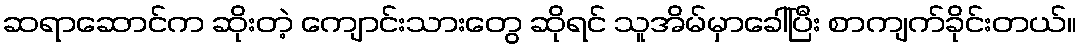
ဆရာဆောင်က ဆိုးတဲ့ ကျောင်းသားတွေ ဆိုရင် သူအိမ်မှာခေါ်ပြီး စာကျက်ခိုင်းတယ်။